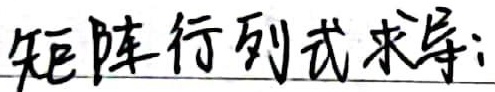
矩阵行列式求导：